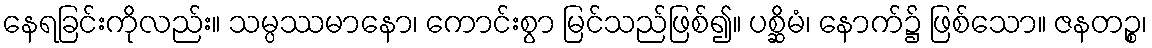
နေရခြင်းကိုလည်း။ သမ္ပဿမာနော၊ ကောင်းစွာ မြင်သည်ဖြစ်၍။ ပစ္ဆိမံ၊ နောက်၌ ဖြစ်သော။ ဇနတဉ္စ၊